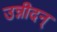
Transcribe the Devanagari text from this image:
उन्नीदन्